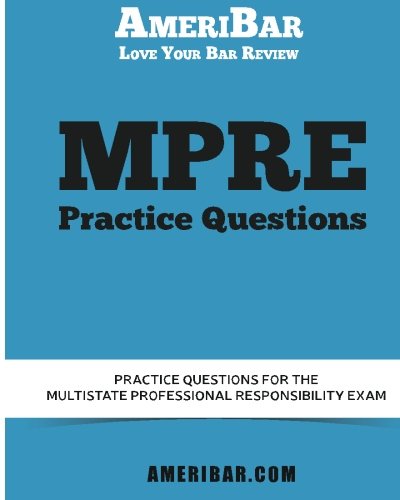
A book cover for MPRE Practice Questions; AmeriBar .; Law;